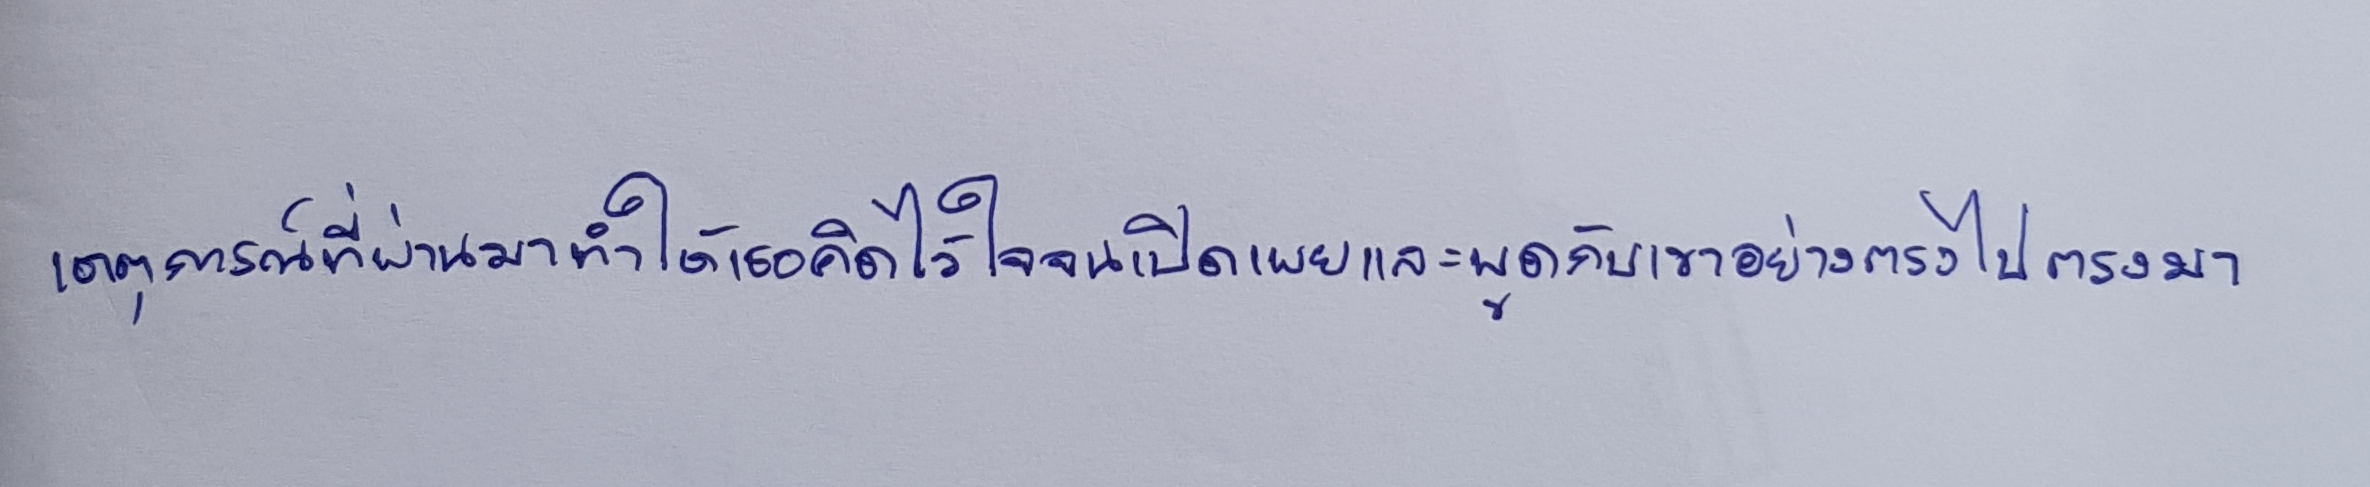
"เหตุการณ์ที่ผ่านมาทำให้เธอคิดไว้ใจจนเปิดเผยและพูดกับเขาอย่างตรงไปตรงมา